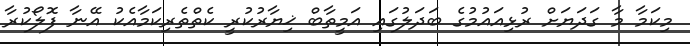
މިކަމާ މާ ގަދަޔަށް ރުޅިއައުމުގެ ބަދަލުގައި އަމީތާބް ޚިޔާރުކުރީ ކެތްތެރިކަމާއެކު އޭނާ ފޮލޯކުރާ